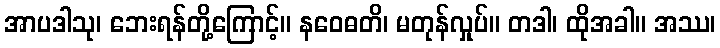
အာပဒါသု၊ ဘေးရန်တို့ကြောင့်။ နဝေဓတိ၊ မတုန်လှုပ်။ တဒါ၊ ထိုအခါ။ အဿ၊